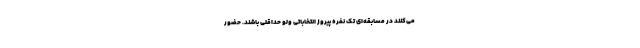
می‌کنند در مسابقه‌ای تک نفره پیروز انتخاباتی ولو حداقلی باشند. حضور